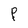
Character: P